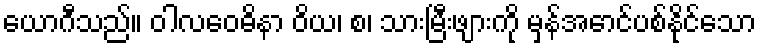
ယောဂီသည်။ ဝါလဝေဓိနာ ဝိယ၊ စ၊ သားမြီးဖျားကို မှန်အောင်ပစ်နိုင်သော